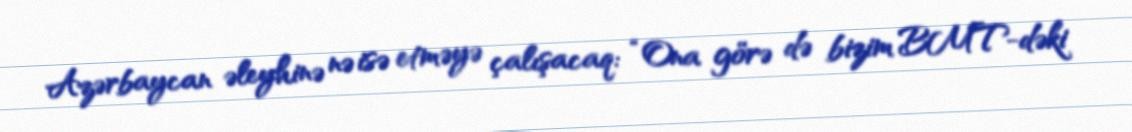
Azərbaycan əleyhinə nə isə etməyə çalışacaq: “Ona görə də bizim BMT-dəki